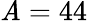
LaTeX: \mathit{A}=44